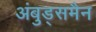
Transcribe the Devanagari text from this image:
अंबुड्समैन